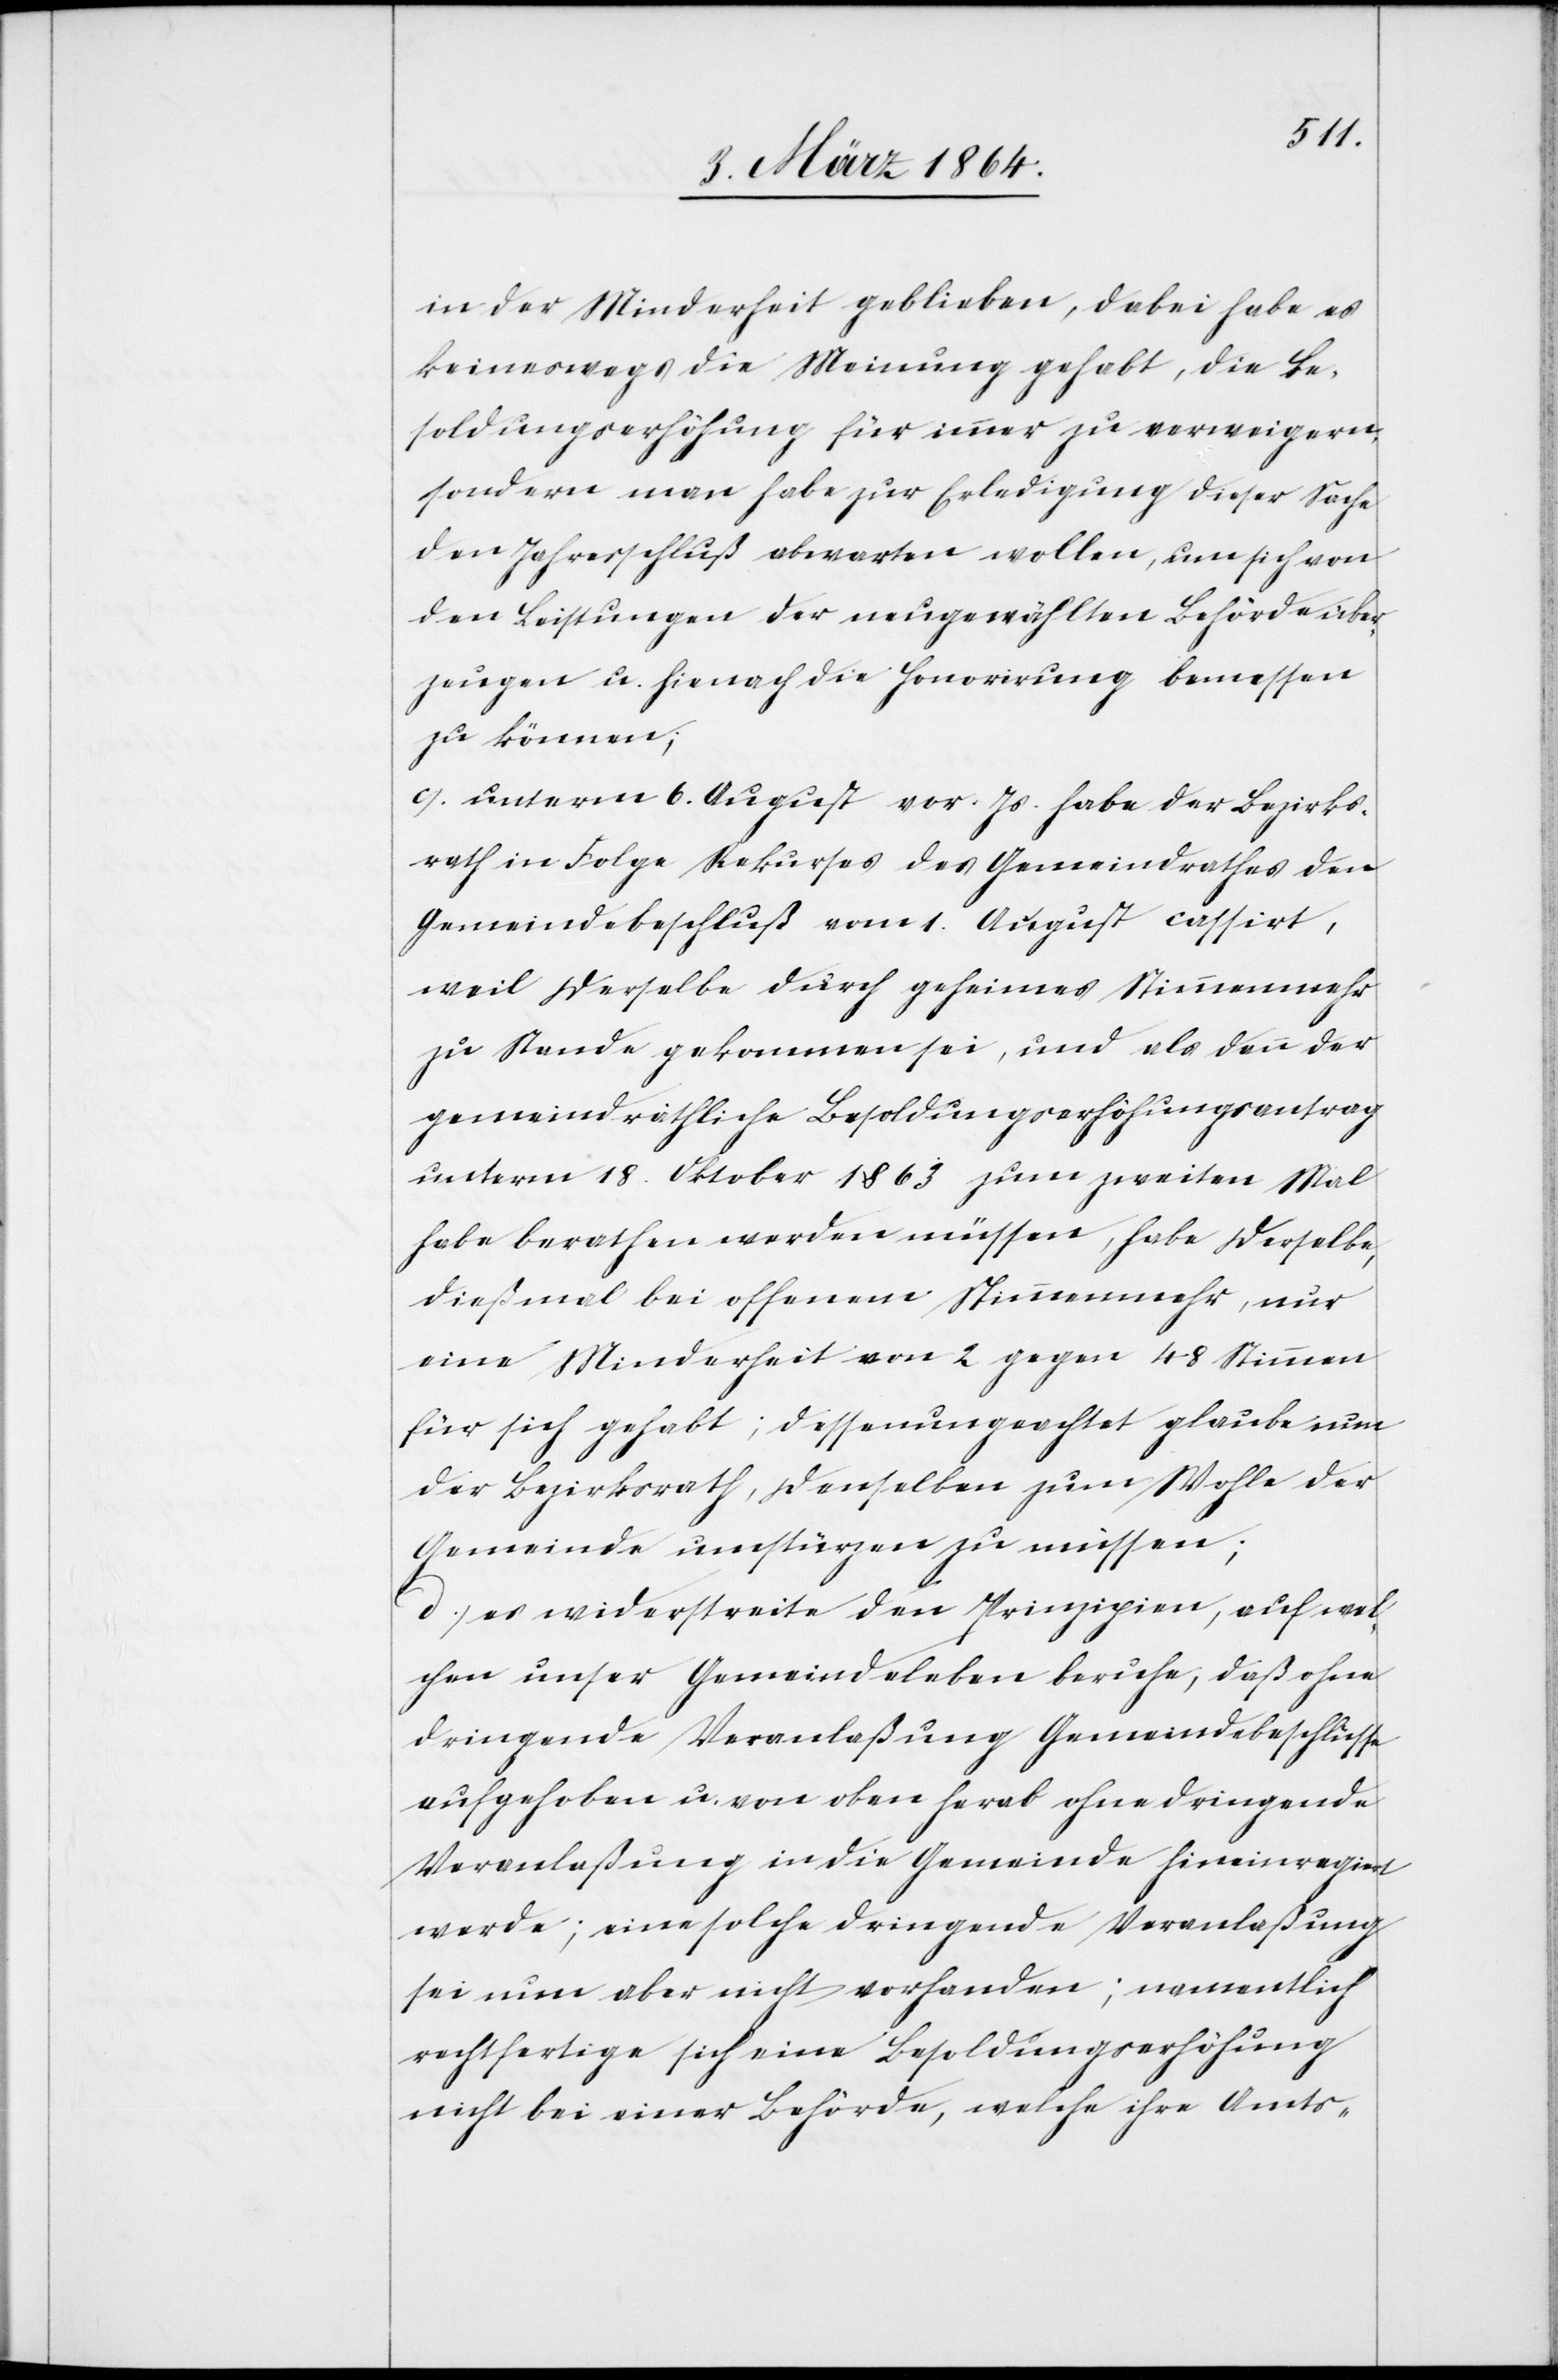
in der Minderheit geblieben, dabei habe es
keineswegs die Meinung gehabt, die Be¬
soldungserhöhung für immer zu verweigern,
sondern man habe zur Erledigung dieser Sache
den Jahresschluß abwarten wollen, um sich von
den Leistungen der neugewählten Behörde über¬
zeugen u. hienach die Honorirung bemessen
zu können;
c.) unterm 6. August vor. Js. habe der Bezirks¬
rath in Folge Rekurses des Gemeindrathes den
Gemeindebeschluß vom 1. August cassirt,
weil derselbe durch geheimes Stimmenmehr
zu Stande gekommen sei, und als dann der
gemeindräthliche Besoldungserhöhungsantrag
unterm 18. Oktober 1863 zum zweiten Mal
habe berathen werden müssen, habe derselbe,
dießmal bei offenem Stimmenmehr, nur
eine Minderheit von 2 gegen 48 Stimmen
für sich gehabt; dessenungeachtet glaube nun
der Bezirksrath, denselben zum Wohle der
Gemeinde umstürzen zu müssen;
d.) es widerstreite den Prinzipien, auf wel¬
chen unser Gemeindeleben beruhe, daß ohne
dringende Veranlaßung Gemeindebeschlüsse
aufgehoben u. von oben herab ohne dringende
Veranlaßung in die Gemeinde hineinregiert
werde; eine solche dringende Veranlaßung
sei nun aber nicht vorhanden; namentlich
rechtfertige sich eine Besoldungserhöhung
nicht bei einer Behörde, welche ihre Amts-